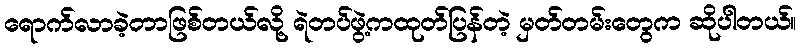
ရောက်လာခဲ့တာဖြစ်တယ်လို့ ရဲတပ်ဖွဲ့ကထုတ်ပြန်တဲ့ မှတ်တမ်းတွေက ဆိုပါတယ်။